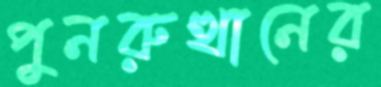
পুনরুত্থানের